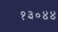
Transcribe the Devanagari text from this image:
१३०४४